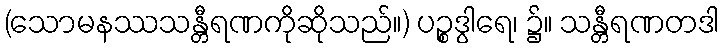
(သောမနဿသန္တီရဏကိုဆိုသည်။) ပဉ္စဒွါရေ၊ ၌။ သန္တီရဏတဒါ